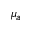
\mu _ { a }